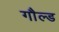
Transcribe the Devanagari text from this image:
गौल्ड